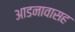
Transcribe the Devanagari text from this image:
आडनावासह